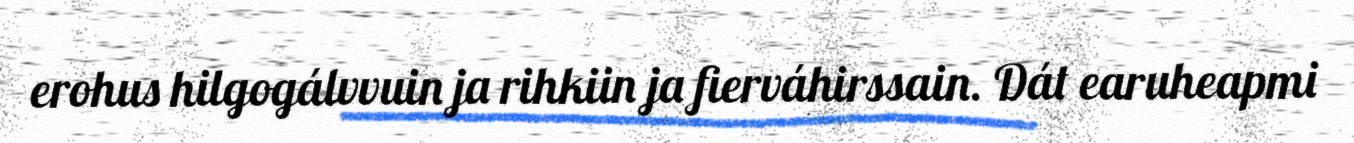
erohus hilgogálvvuin ja rihkiin ja fierváhirssain. Dát earuheapmi